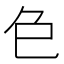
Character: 𮎛